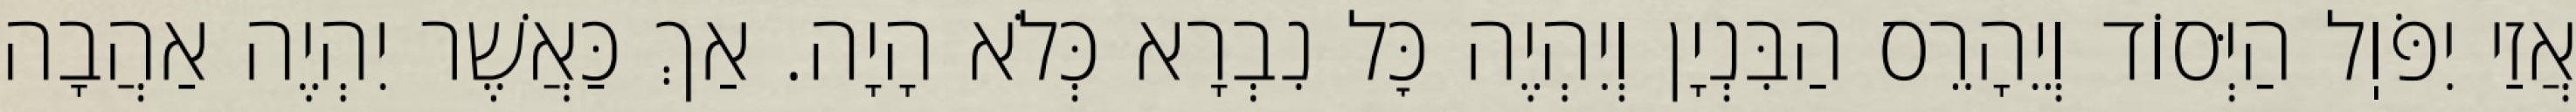
אֲזַי יִפֹּוֽל הַיְּסוֹד וְיֵהָרֵס הַבִּנְיָן וְיִהְיֶה כׇּל נִבְרָא כְּלֹא הָיָה. אַךְ כַּאֲשֶׁר יִהְיֶה אַהֲבָה